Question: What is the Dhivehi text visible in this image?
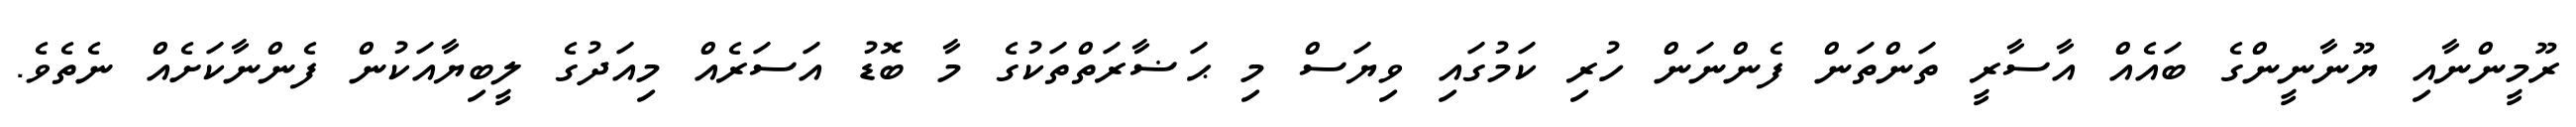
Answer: ރޫމީންނާއި ޔޫނާނީންގެ ބައެއް އާސާރީ ތަންތަން ފެންނަން ހުރި ކަމުގައި ވިޔަސް މި ޙަޟާރަތްތަކުގެ މާ ބޮޑު އަސަރެއް މިއަދުގެ ލީބިޔާއަކުން ފެންނާކަށެއް ނެތެވެ.